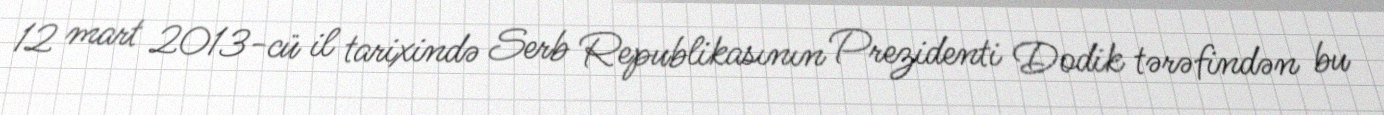
12 mart 2013-cü il tarixində Serb Republikasının Prezidenti Dodik tərəfindən bu